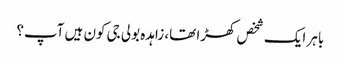
باہر ایک شخص کھڑا تھا، زاہدہ بولی جی کون ہیں آپ؟